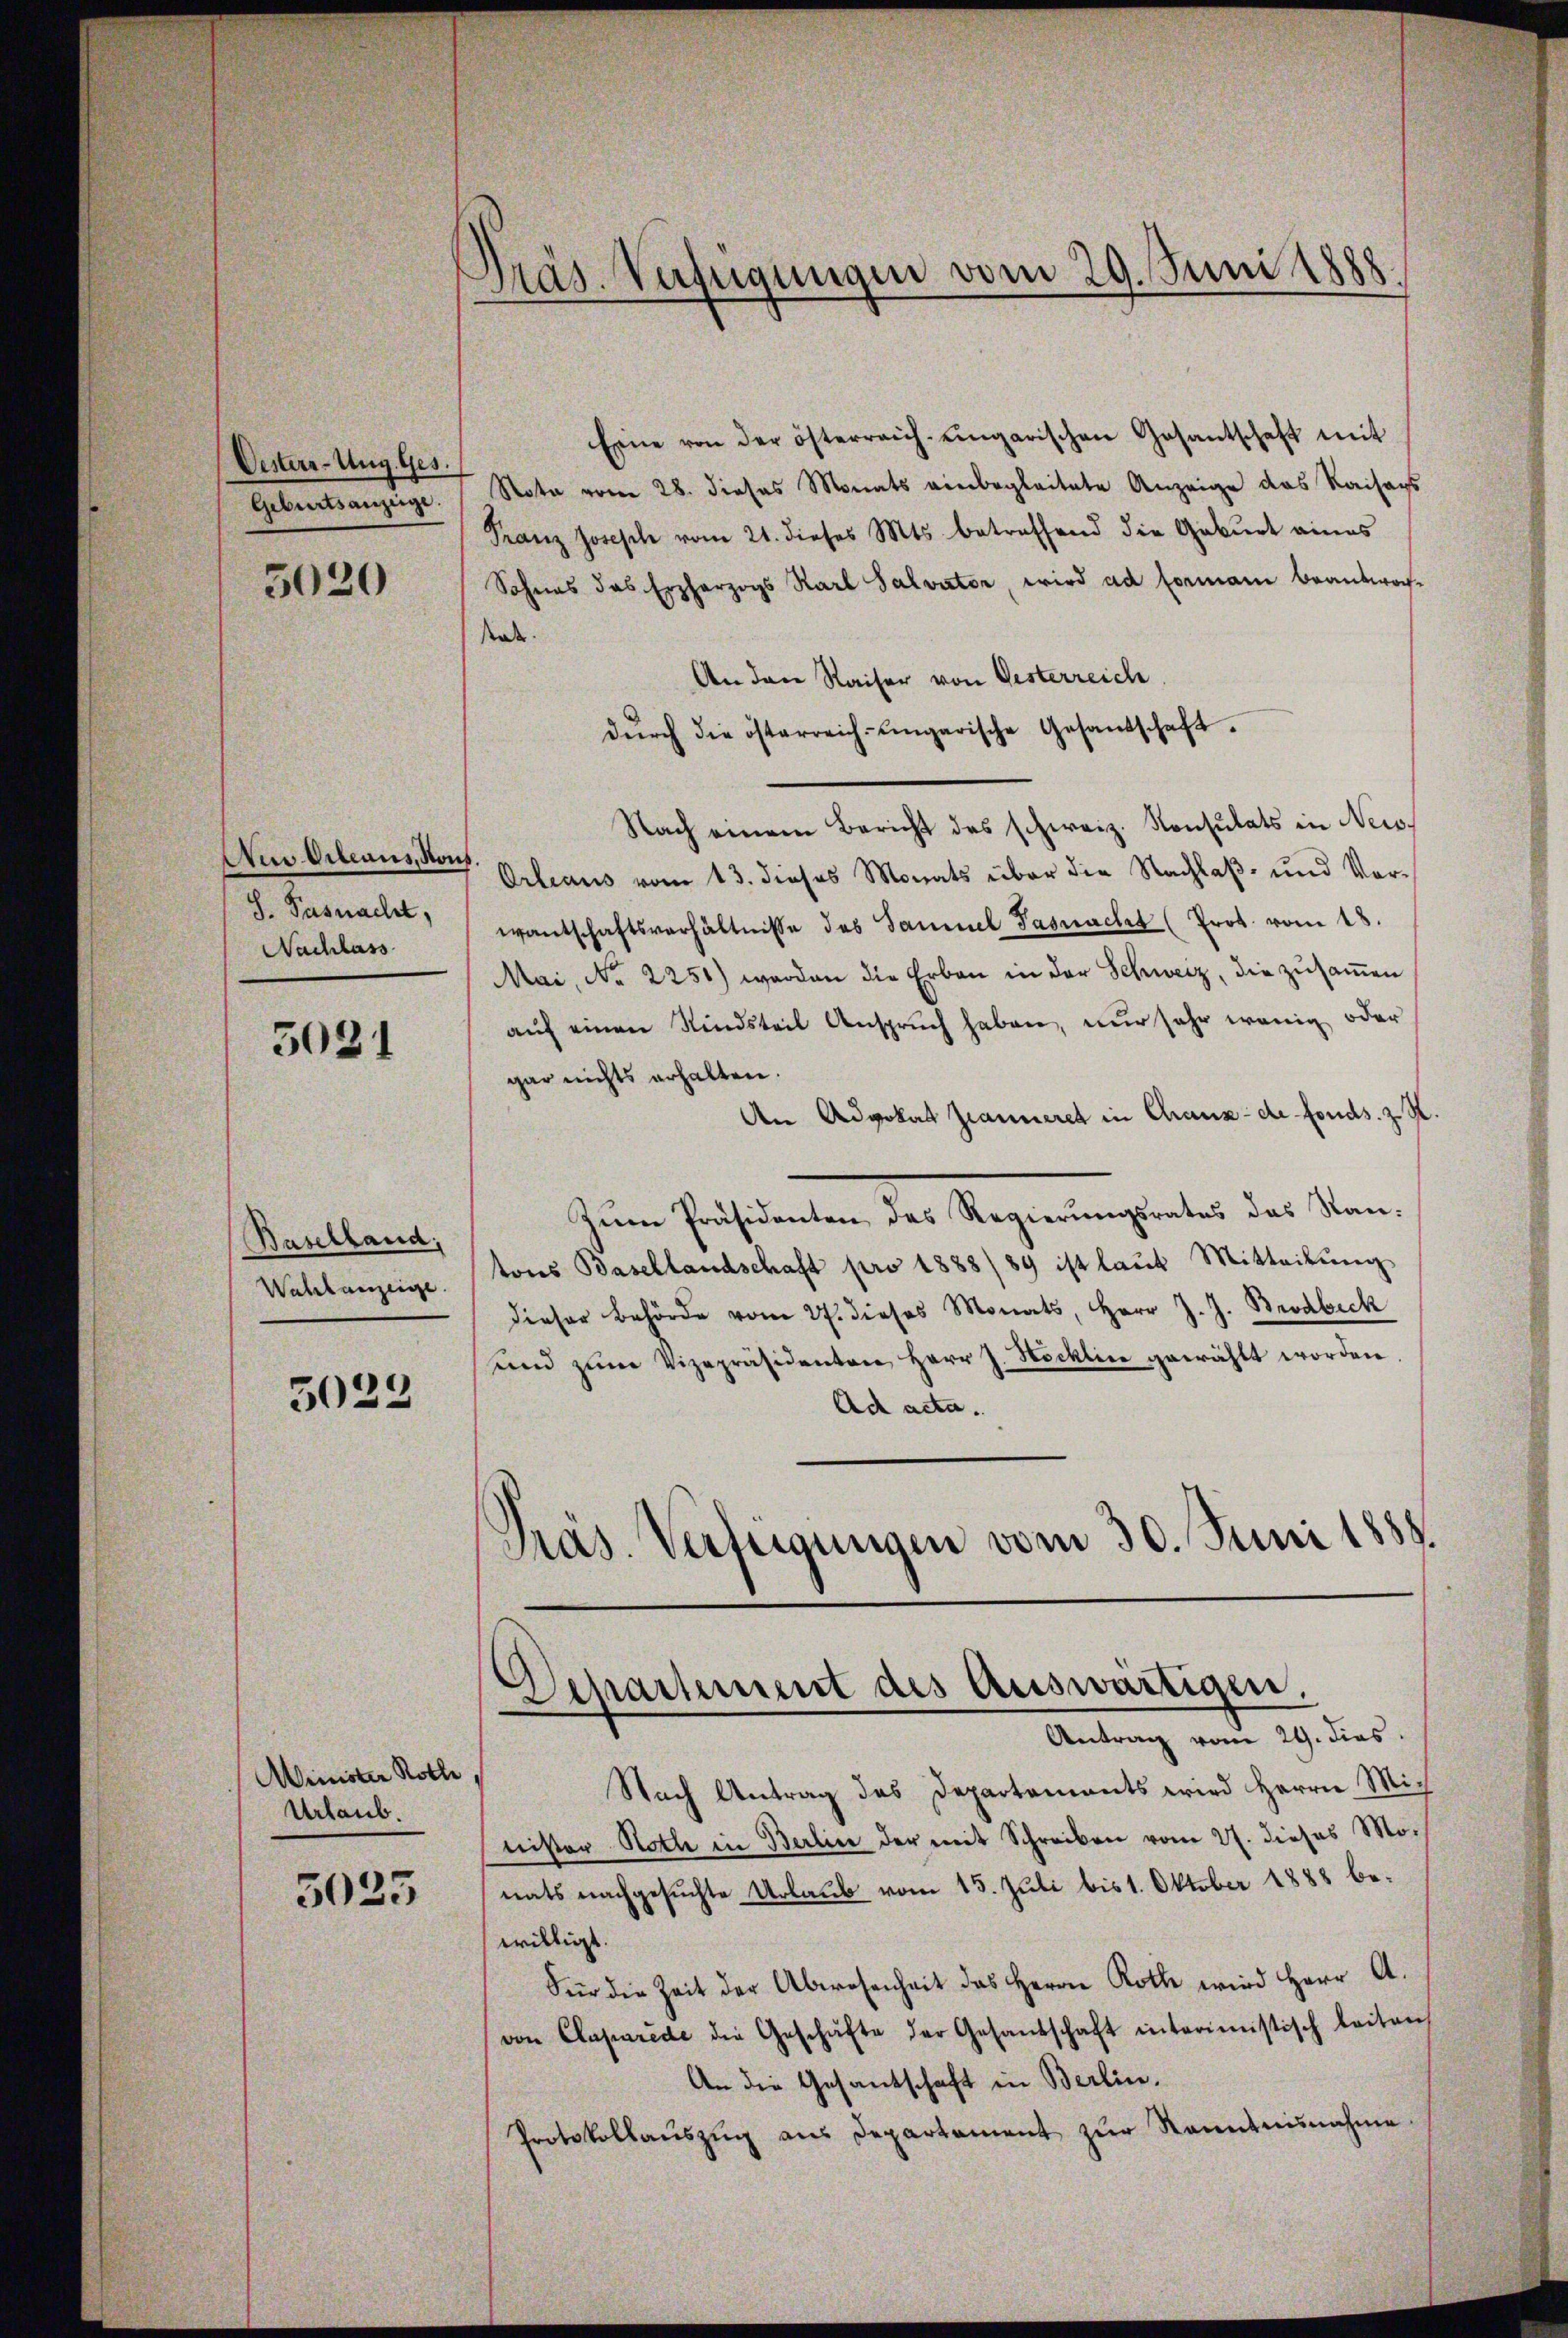
Oestern-Ung. Ges.
Geburtsanzeige.

5020

Neid Gibeaus, Kauf
S. Pasnacht,
Nachlass

5031

Baselland,
Wahlanzeige.

5029

Minister Roth,
Urlaub.

5025

Präs. Verfügungen vom 29. Juni 1888.

Eine von der österreich eingarischen Gesantschaft mit
Note vom 28. dieses Monats einbegleitete Anzeige das Raisags
Franz Joseph vom 21. dieses Mts. betreffend die Geburt eines
Sohnes das Erzherzogs Karl Salvator, wird ad Formani beantwor¬
Rat.
An den Kaiser von Gesterreich
dŭrch die österreich- Eingarische Gesandschaft.
Nach einem Bericht des schweiz. Konsulats in Neis¬
Orleaus vom 13. dieses Monats über die Nachlaβ- und Vor-
wantschaftsverhältnisse des Sammel Pasnacht (Prot. vom 18.
Mai, No 2250) worden die Erbau in der Schweiz, die zusamen
aŭf einen Kindsteil Anspruch haben, nur sehr wenig oder
gar nichts erhalten.
An Advokat Jeanneret in Chaux-de fonds. z. St
Zŭm Präsidenten des Regierŭngsrates das Stan-
tons Basellandschaft pro 1888/89 ist laut Mitteilŭng
dieser Behörde vom 27. dieses Monats, Herr J. J. Brodbeck
und zŭm Vizepräsidenten Herr J. Hocklin gewählt worden
Ad acta.
Präs. Verteigungen vom 30. Juni 1888.
Departement des Auswärtigen.
.
Antrag vom 29. dies
Nach Antrag des Departements wird Herrn Minister Noth in Berlin der mit Schreiben vom 27. dieses Monats nachgesuchte Urlaub vom 15. Juli bis 1. Oktober 1888 bewilligt.
Für die Zeit der Abwesenheit des Herrn Roth wird Herr A.
von Claparede die Geschäfte der Gesandschaft interimistisch leiten,
An die Gesandschaft in Berlin.
Protokollaŭszŭg aŭs Departement zŭr Kenntnisnahme.